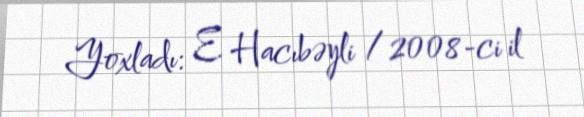
Yoxladı: E. Hacıbəyli / 2008-ci il